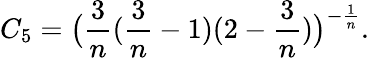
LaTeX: C_{5}=\big(\frac 3n(\frac 3n-1)(2-\frac 3n)\big)^{-\frac 1n}.